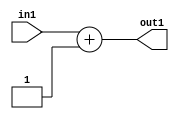
`timescale 1ps / 1ps
/*****************************************************************************
    Verilog RTL Description
    
    
    Created by: Stratus DpOpt 21.05.01 
*******************************************************************************/

module SobelFilter_Add_2U_6_1 (
	in1,
	out1
	); /* architecture "behavioural" */ 
input [1:0] in1;
output [1:0] out1;
wire [1:0] asc001;

assign asc001 = 
	+(in1)
	+(2'B01);

assign out1 = asc001;
endmodule

/* CADENCE  urb5Sg0= : u9/ySxbfrwZIxEzHVQQV8Q== ** DO NOT EDIT THIS LINE ******/